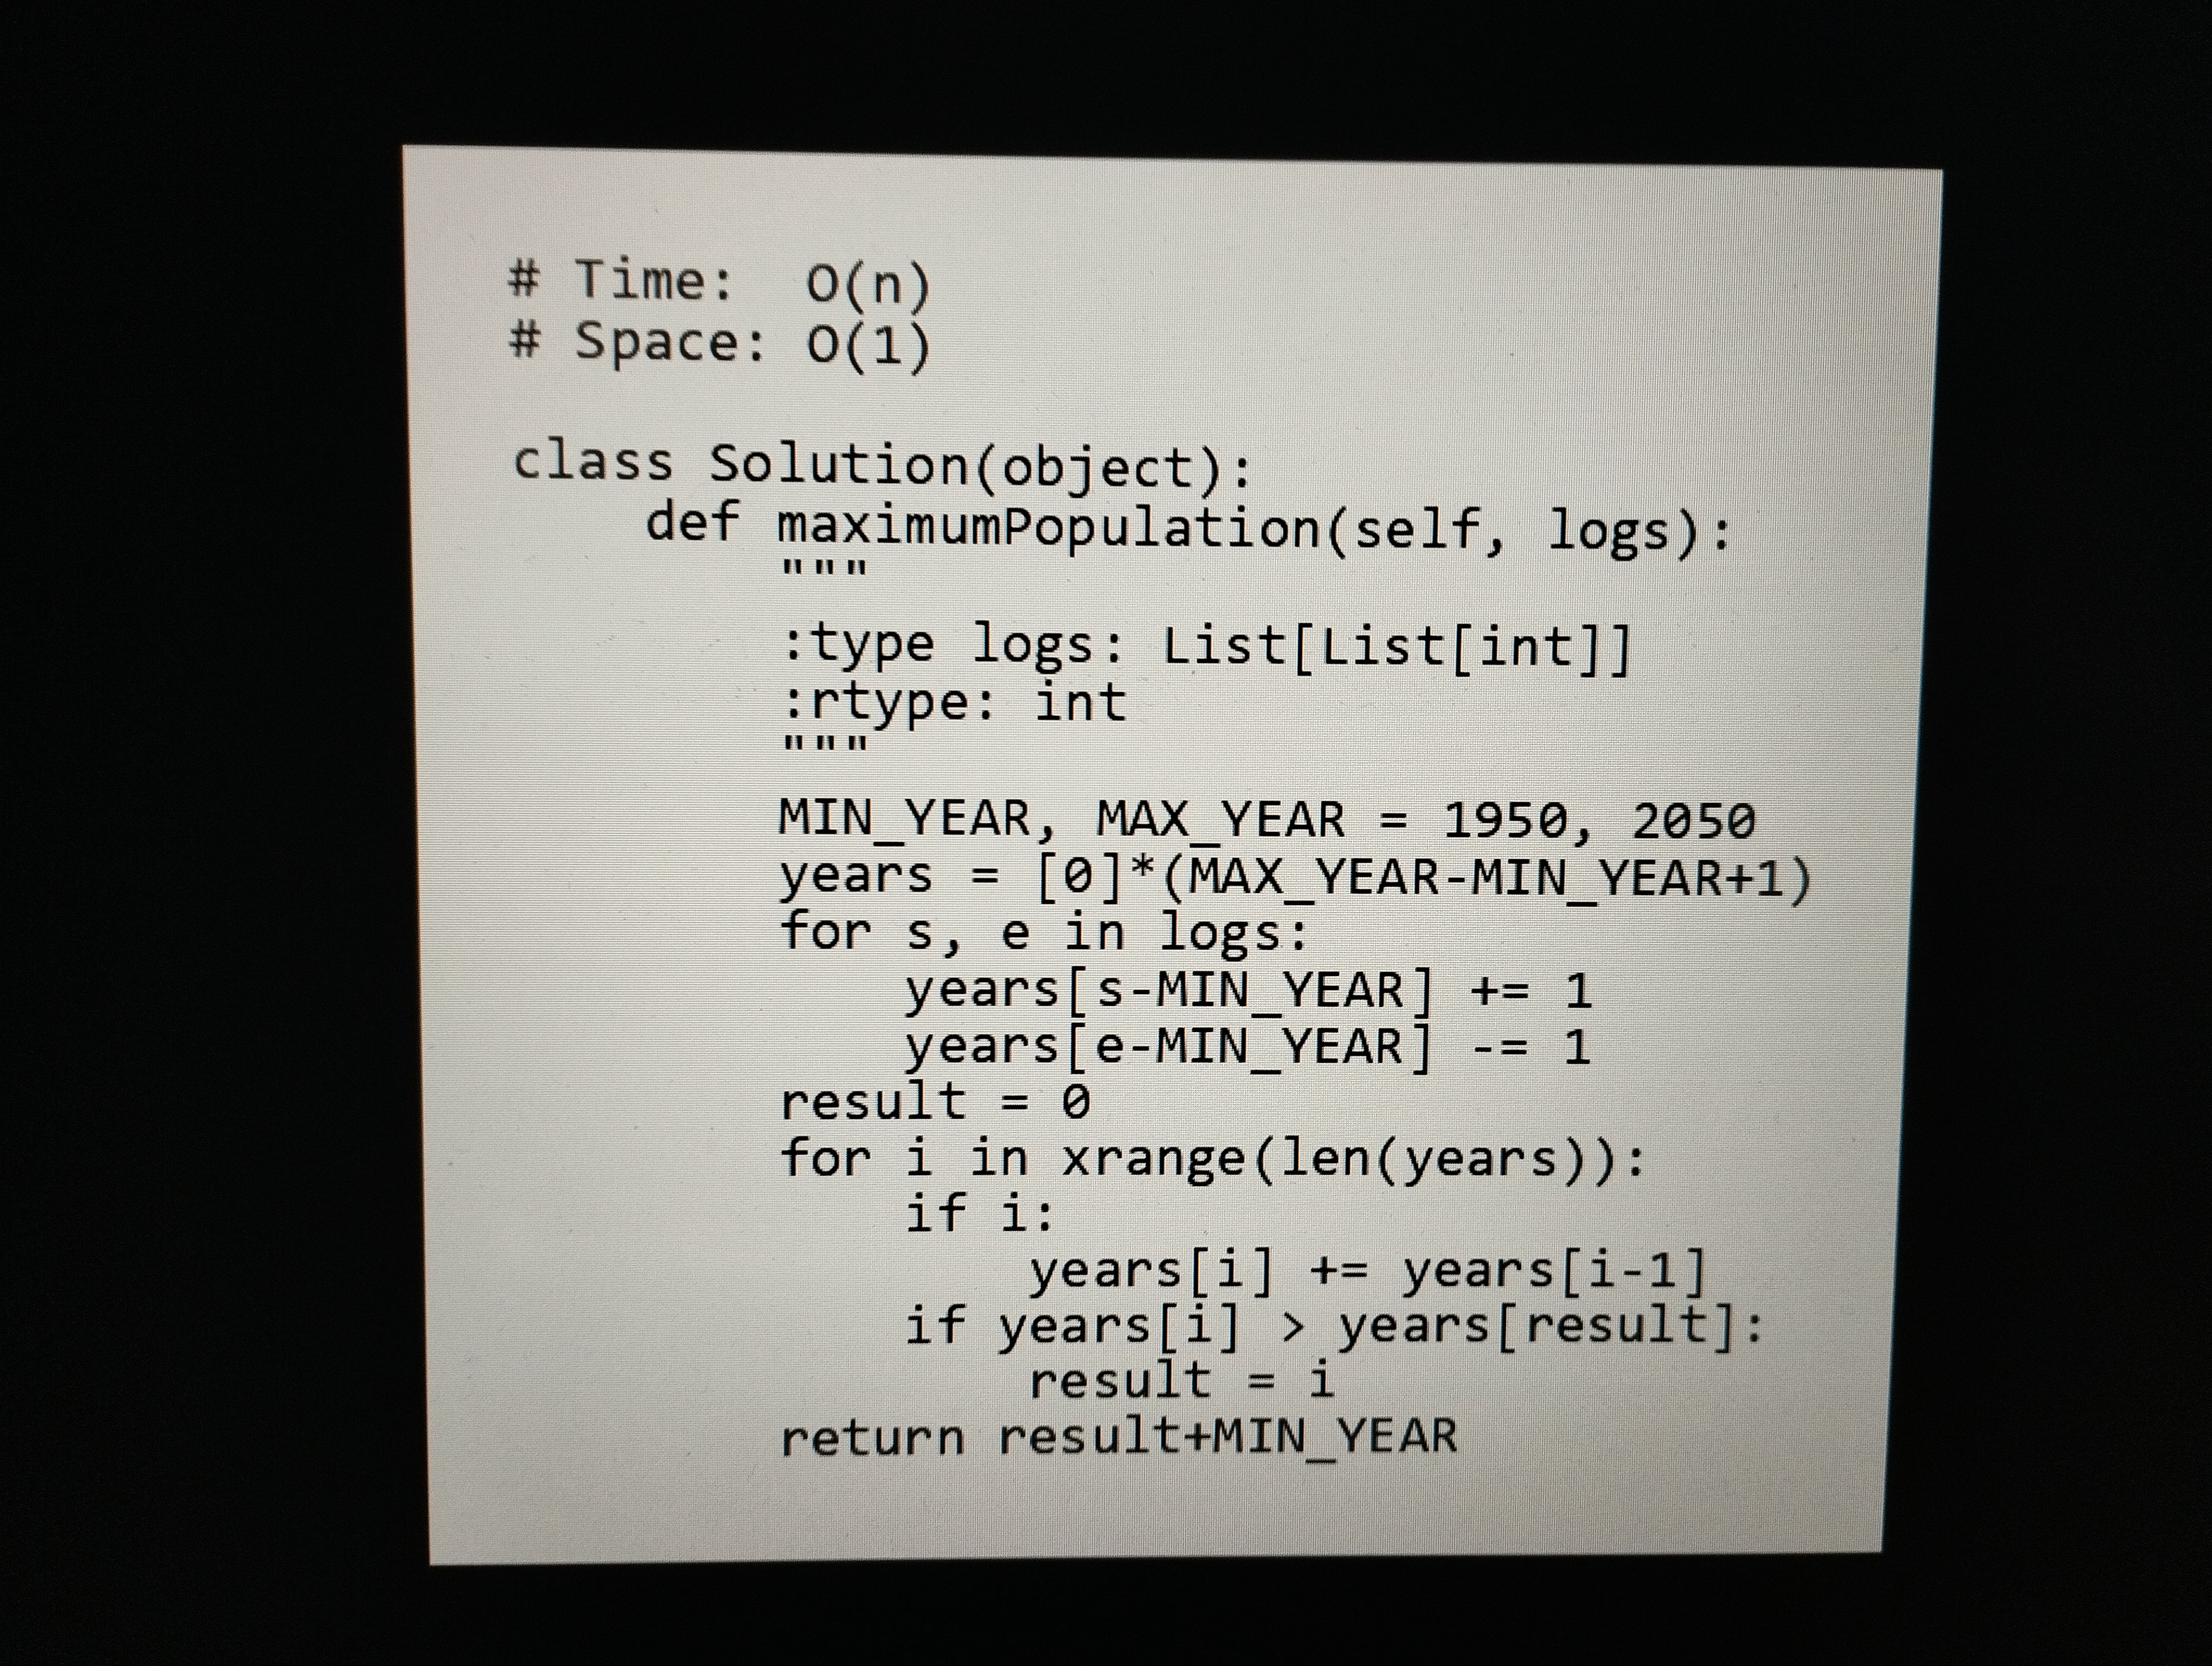
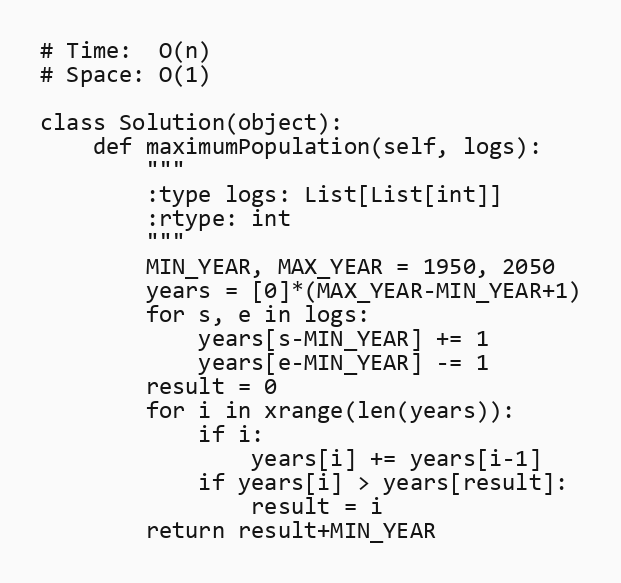
# Time:  O(n)
# Space: O(1)

class Solution(object):
    def maximumPopulation(self, logs):
        """
        :type logs: List[List[int]]
        :rtype: int
        """
        MIN_YEAR, MAX_YEAR = 1950, 2050
        years = [0]*(MAX_YEAR-MIN_YEAR+1)
        for s, e in logs:
            years[s-MIN_YEAR] += 1
            years[e-MIN_YEAR] -= 1
        result = 0
        for i in xrange(len(years)):
            if i:
                years[i] += years[i-1]
            if years[i] > years[result]:
                result = i
        return result+MIN_YEAR